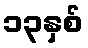
၁၃နှစ်